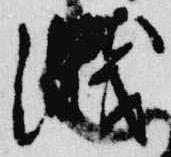
濺